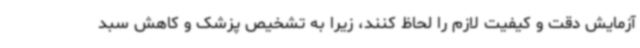
آزمایش دقت و کیفیت لازم را لحاظ کنند، زیرا به تشخیص پزشک و کاهش سبد